Punjab Mental Hospital Lahore 1932-46 - 1932-1946
Year: 1932
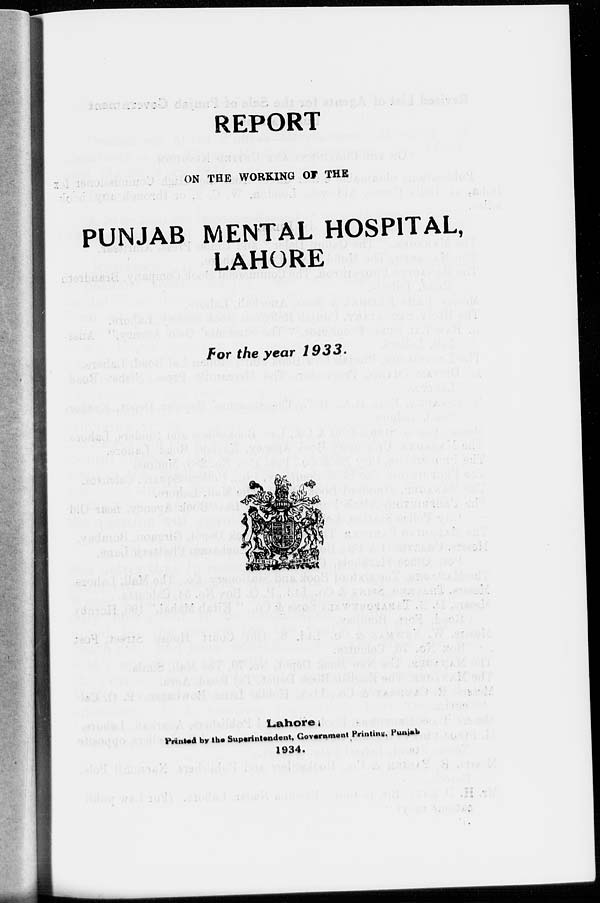
REPORT
ON THE WORKING OF THE
PUNJAB MENTAL HOSPITAL,
LAHORE
For the year 1933.
Lahore :
Printed by the Superintendent, Government Printing, Punjab.
1934.